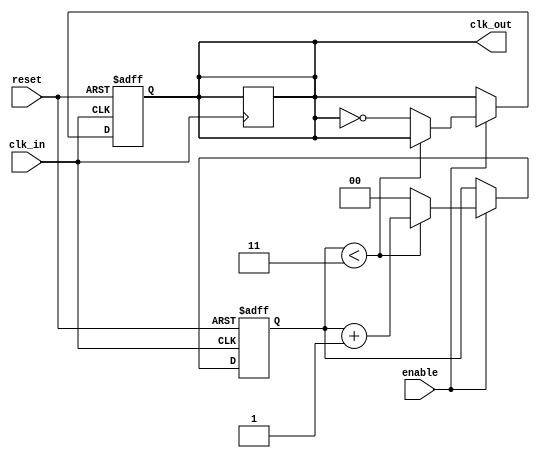
module clock_divider #(
    parameter DIV_FACTOR = 4  // Division factor, must be a positive integer
)(
    input wire clk_in,        // Input clock signal
    input wire reset,         // Asynchronous reset signal
    input wire enable,        // Enable signal for clock division
    output reg clk_out        // Divided output clock signal
);

    // Internal signal for the counter
    reg [$clog2(DIV_FACTOR)-1:0] counter; // Counter to keep track of clock cycles

    // Always block triggered on the rising edge of clk_in
    always @(posedge clk_in or posedge reset) begin
        if (reset) begin
            // Reset the counter and output clock
            counter <= 0;
            clk_out <= 0;
        end else if (enable) begin
            // Increment the counter
            if (counter < DIV_FACTOR - 1) begin
                counter <= counter + 1;
            end else begin
                // Toggle the output clock and reset the counter
                clk_out <= ~clk_out;
                counter <= 0;
            end
        end
    end

    // Ensure clk_out retains its last state when enable is low
    always @(posedge clk_in) begin
        if (!enable) begin
            clk_out <= clk_out; // Maintain the last state of clk_out
        end
    end

endmodule